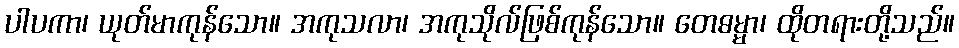
ပါပကာ၊ ယုတ်မာကုန်သော။ အကုသလာ၊ အကုသိုလ်ဖြစ်ကုန်သော။ တေဓမ္မာ၊ ထိုတရားတို့သည်။